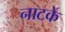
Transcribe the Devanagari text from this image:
नाटकें